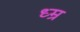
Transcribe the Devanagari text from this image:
ध्म्र